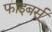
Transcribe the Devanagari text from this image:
फाइबर्स्